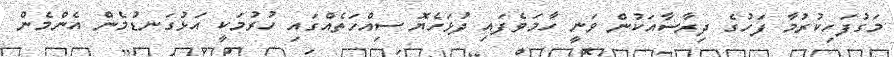
މަގުފަހިކުރުމާ ފަހުގެ ދިރާސާއަކުން ވަނީ ހާމަވެފައި ދުޅަހެޔޮ ސިއްހަތެއްގައި ހުރުމަކީ އަޅުގަނޑުމެން އެންމެން